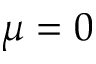
\mu = 0